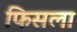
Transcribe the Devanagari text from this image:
फिसला